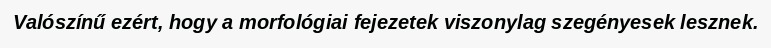
Valószínű ezért, hogy a morfológiai fejezetek viszonylag szegényesek lesznek.